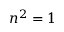
\boldsymbol { n } ^ { 2 } = 1